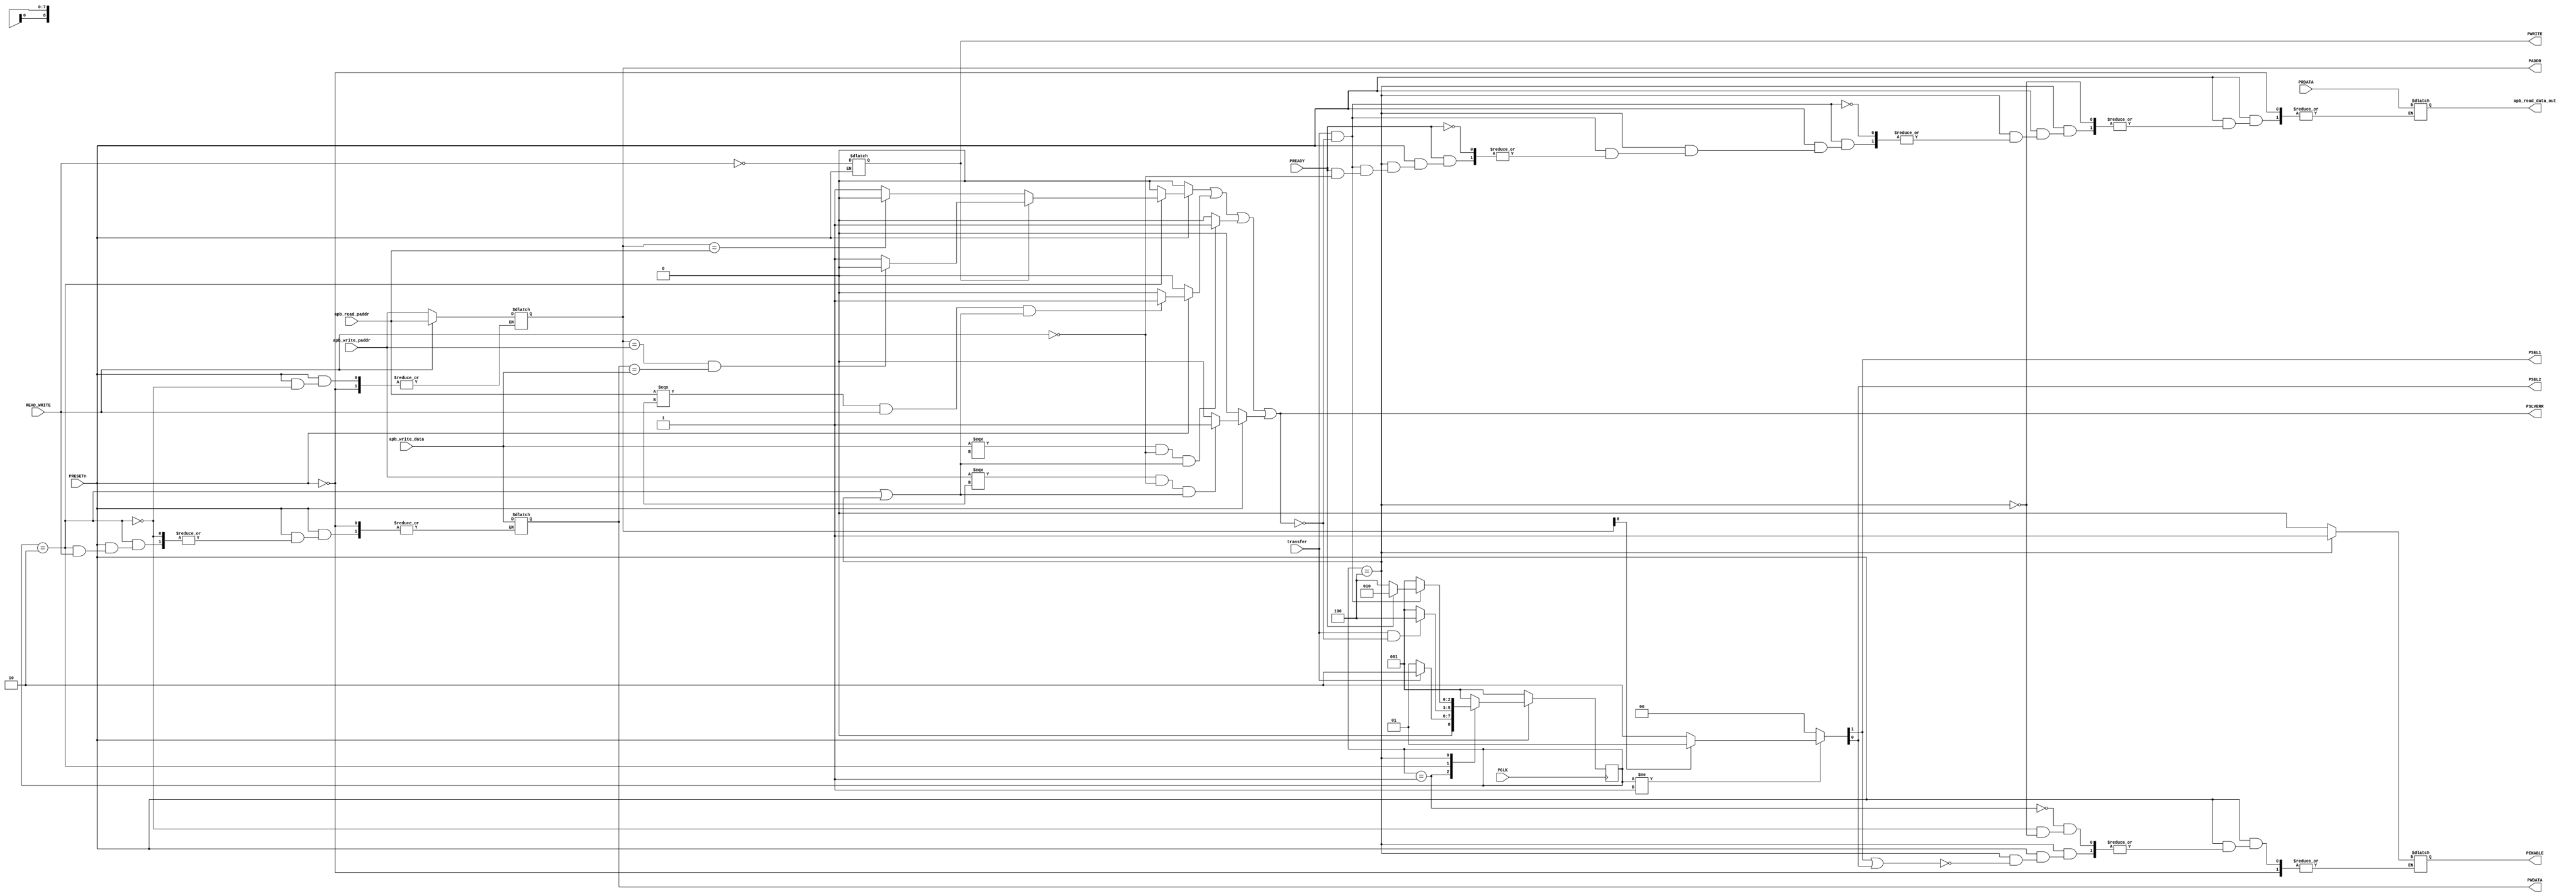
`timescale 1ns / 1ps
module master_bridge(
	input [8:0]apb_write_paddr,apb_read_paddr,
	input [7:0] apb_write_data,PRDATA,         
	input PRESETn,PCLK,READ_WRITE,transfer,PREADY,
	output PSEL1,PSEL2,
	output reg PENABLE,
	output reg [8:0]PADDR,
	output reg PWRITE,
	output reg [7:0]PWDATA,apb_read_data_out,
	output PSLVERR ); 
       // integer i,count;
   reg [2:0] state, next_state;
   reg invalid_setup_error,
      setup_error,
      invalid_read_paddr,
      invalid_write_paddr,
      invalid_write_data ;
  localparam IDLE = 3'b001, SETUP = 3'b010, ENABLE = 3'b100 ;
  always @(posedge PCLK)
  begin
	if(!PRESETn)
		state <= IDLE;
	else
		state <= next_state; 
  end
 always @(state,transfer,PREADY)
begin
	if(!PRESETn)
	  next_state = IDLE;
	else
          begin
             PWRITE = ~READ_WRITE;
	     case(state)
                  IDLE: begin 
		              PENABLE =0;

		            if(!transfer)
	        	      next_state = IDLE ;
	                    else
			      next_state = SETUP;
	                   end
	                   SETUP:   begin
			    PENABLE =0;
			    if(READ_WRITE) 
				 //     @(posedge PCLK)
	                       begin   PADDR = apb_read_paddr; end
			    else 
			      begin   
			          //@(posedge PCLK)
                                  PADDR = apb_write_paddr;
				  PWDATA = apb_write_data;  end
			    
			    if(transfer && !PSLVERR)
			      next_state = ENABLE;
		            else
           	              next_state = IDLE;
		           end

	       	ENABLE: 
		     begin if(PSEL1 || PSEL2)
		           PENABLE =1;
			   if(transfer & !PSLVERR)
			   begin
				   if(PREADY)
				   begin
					if(!READ_WRITE)
				         begin
				          
					   next_state = SETUP; end
					else 
					   begin
					   next_state = SETUP; 
				          	   
                                           apb_read_data_out = PRDATA; 
					   end
			            end
				    else next_state = ENABLE;
		              end
		             else next_state = IDLE;
			 end
			    default: next_state = IDLE; 
               	endcase
             end
          end
    assign {PSEL1,PSEL2} = ((state != IDLE) ? (PADDR[8] ? {1'b0,1'b1} : {1'b1,1'b0}) : 2'd0);

  // PSLVERR LOGIC
   always @(*)
       begin
        if(!PRESETn)
	    begin 
	     setup_error =0;
	     invalid_read_paddr = 0;
	     invalid_write_paddr = 0;
	     invalid_write_paddr =0 ;
	    end
        else
	 begin	
          begin
	  if(state == IDLE && next_state == ENABLE)
   		  setup_error = 1;
	  else setup_error = 0;
          end
          begin
          if((apb_write_data===8'dx) && (!READ_WRITE) && (state==SETUP || state==ENABLE))
		  invalid_write_data =1;
	  else invalid_write_data = 0;
          end
          begin
	  if((apb_read_paddr===9'dx) && READ_WRITE && (state==SETUP || state==ENABLE))
		  invalid_read_paddr = 1;
	  else  invalid_read_paddr = 0;
          end
          begin
          if((apb_write_paddr===9'dx) && (!READ_WRITE) && (state==SETUP || state==ENABLE))
		  invalid_write_paddr =1;
          else invalid_write_paddr =0;
          end
          begin
	  if(state == SETUP)
            begin
                 if(PWRITE)
                      begin
                         if(PADDR==apb_write_paddr && PWDATA==apb_write_data)
                              setup_error=1'b0;
                         else
                               setup_error=1'b1;
                       end
                 else 
                       begin
                          if (PADDR==apb_read_paddr)
                                 setup_error=1'b0;
                          else
                                 setup_error=1'b1;
                       end    
              end 
          
         else setup_error=1'b0;
         end 
       end
       invalid_setup_error = setup_error ||  invalid_read_paddr || invalid_write_data || invalid_write_paddr  ;
     end 

   assign PSLVERR =  invalid_setup_error ;
 endmodule